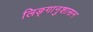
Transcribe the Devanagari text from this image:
लिङ्गानुशासन